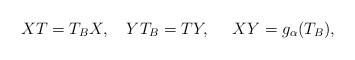
LaTeX: \begin{align*}XT=T_BX, \ \ \ YT_B=TY, \ \ \ \ XY=g_\alpha(T_B),\end{align*}